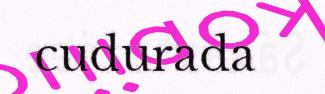
cudurada